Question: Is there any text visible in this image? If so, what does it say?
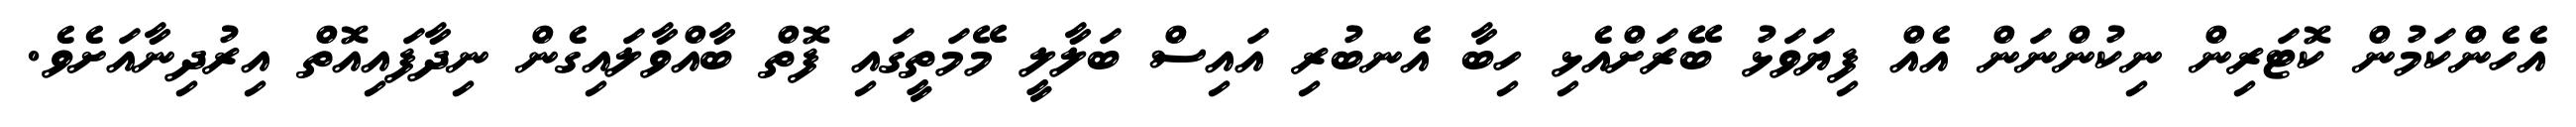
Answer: އެހެންކަމުން ކޮޓަރިން ނިކުންނަން އެއް ފިޔަވަޅު ބޭރަށްއެޅި ހިބާ އެނބުރި އައިސް ބަލާލީ މޭމަތީގައި ފޮތް ބާއްވާލައިގެން ނިދާފައިއޮތް އިރުދިނާއަށެވެ.